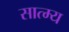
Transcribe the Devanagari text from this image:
सात्म्य